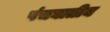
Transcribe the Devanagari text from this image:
पंचघातीय